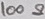
Text: 100Ω